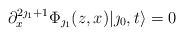
\begin{align*}\partial_x^{2\jmath_1+1} \Phi_{\jmath_1}(z,x)|\jmath_0,t\rangle =0\end{align*}